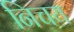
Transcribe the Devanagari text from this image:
निचय